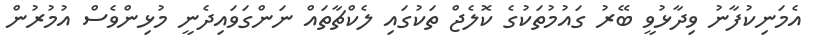
އެމަނިކުފާނު ވިދާޅުވީ ބޭރު ގައުމުތަކުގެ ކޮލެޖް ތަކުގައި ލެކްޗާތައް ނަންގަވައިދެނީ މުޅިންވެސް އުމުރުން